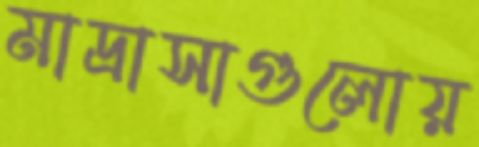
মাদ্রাসাগুলোয়